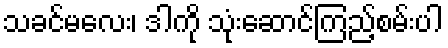
သခင်မလေး၊ ဒါကို သုံးဆောင်ကြည့်စမ်းပါ